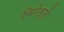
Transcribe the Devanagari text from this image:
मिरेइले